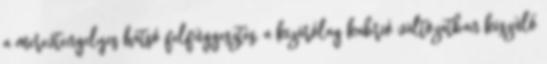
a merevtengelyes hátsó felfüggesztés, a kizárólag kabrió változatban készülő